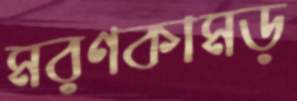
মরণকামড়